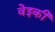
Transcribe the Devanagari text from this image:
वेइकी